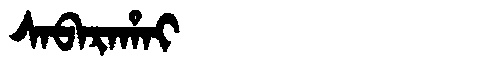
Manchu: ᠰᠠᠪᠠᡵᠠᡥᠠᡳ
Romanization: SABARAHAI